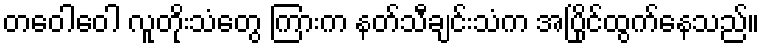
တဝေါဝေါ လူတိုးသံတွေ ကြားက နတ်သီချင်းသံက အပြိုင်ထွက်နေသည်။